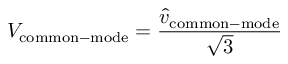
V _ { \mathrm { c o m m o n - m o d e } } = { \frac { { \hat { v } } _ { \mathrm { c o m m o n - m o d e } } } { \sqrt { 3 } } }